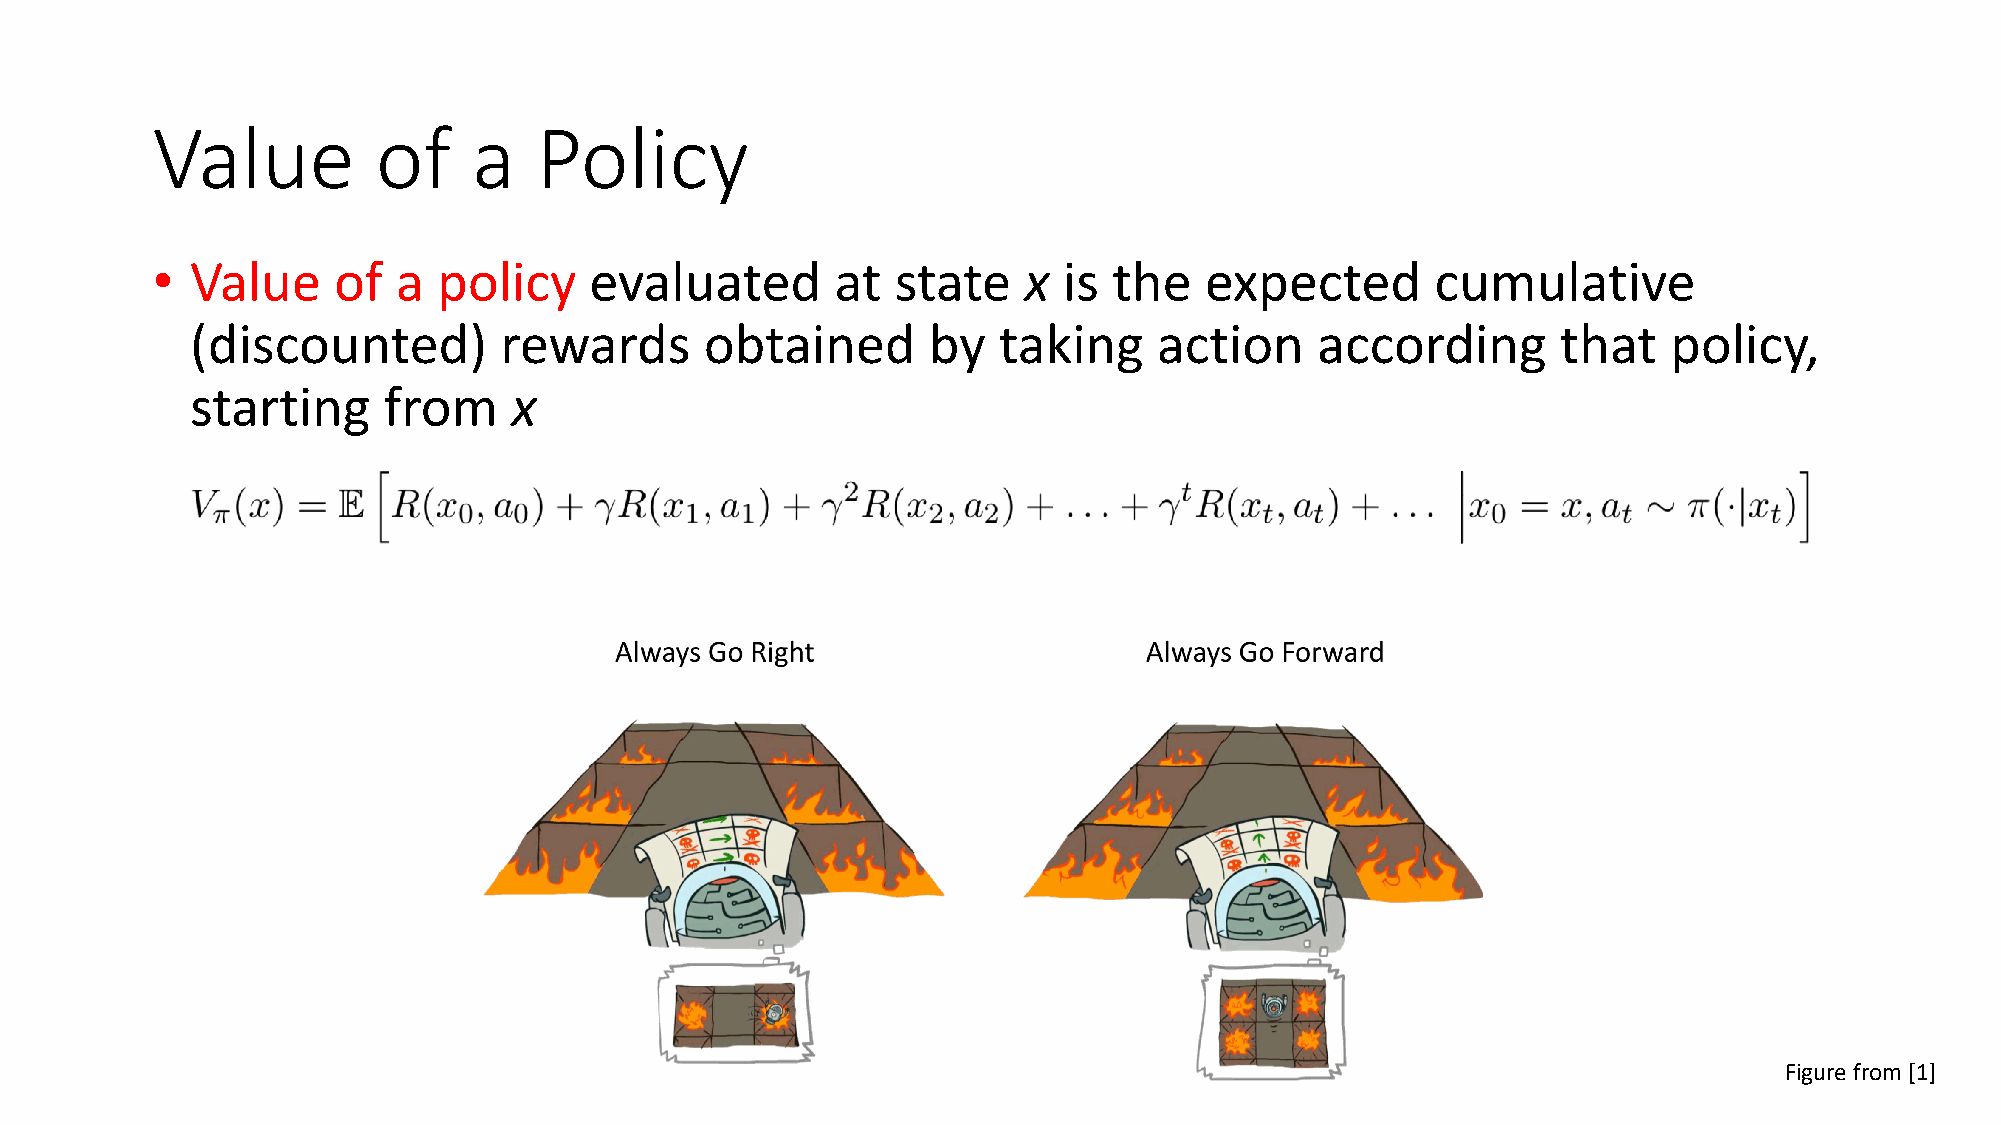
Value          of    a   Policy
 •  Value    of  a  policy    evaluated       at  state    x is  the   expected       cumulative
 (discounted)        rewards       obtained      by   taking     action    according       that    policy,
 starting    from     x
 Figure from [1]